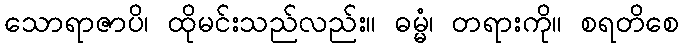
သောရာဇာပိ၊ ထိုမင်းသည်လည်း။ ဓမ္မံ၊ တရားကို။ စရတိစေ